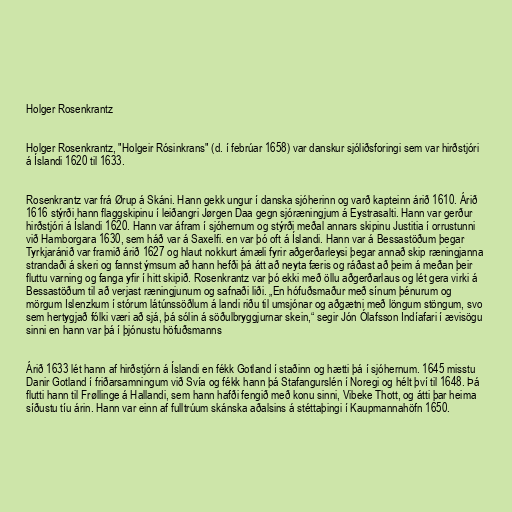
Holger Rosenkrantz

Holger Rosenkrantz, "Holgeir Rósinkrans" (d. í febrúar 1658) var danskur sjóliðsforingi sem var hirðstjóri
á Íslandi 1620 til 1633.

Rosenkrantz var frá Ørup á Skáni. Hann gekk ungur í danska sjóherinn og varð kapteinn árið 1610. Árið
1616 stýrði hann flaggskipinu í leiðangri Jørgen Daa gegn sjóræningjum á Eystrasalti. Hann var gerður
hirðstjóri á Íslandi 1620. Hann var áfram í sjóhernum og stýrði meðal annars skipinu Justitia í orrustunni
við Hamborgara 1630, sem háð var á Saxelfi. en var þó oft á Íslandi. Hann var á Bessastöðum þegar
Tyrkjaránið var framið árið 1627 og hlaut nokkurt ámæli fyrir aðgerðarleysi þegar annað skip ræningjanna
strandaði á skeri og fannst ýmsum að hann hefði þá átt að neyta færis og ráðast að þeim á meðan þeir
fluttu varning og fanga yfir í hitt skipið. Rosenkrantz var þó ekki með öllu aðgerðarlaus og lét gera virki á
Bessastöðum til að verjast ræningjunum og safnaði liði. „En hófuðsmaður með sínum þénurum og
mörgum Islenzkum í stórum látúnssöðlum á landi riðu til umsjónar og aðgætni með löngum stöngum, svo
sem hertygjað fólki væri að sjá, þá sólin á söðulbryggjurnar skein,“ segir Jón Ólafsson Indíafari í ævisögu
sinni en hann var þá í þjónustu höfuðsmanns

Árið 1633 lét hann af hirðstjórn á Íslandi en fékk Gotland í staðinn og hætti þá í sjóhernum. 1645 misstu
Danir Gotland í friðarsamningum við Svía og fékk hann þá Stafangurslén í Noregi og hélt því til 1648. Þá
flutti hann til Frøllinge á Hallandi, sem hann hafði fengið með konu sinni, Vibeke Thott, og átti þar heima
síðustu tíu árin. Hann var einn af fulltrúum skánska aðalsins á stéttaþingi í Kaupmannahöfn 1650.